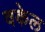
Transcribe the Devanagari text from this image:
वकेल